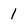
Character: 1